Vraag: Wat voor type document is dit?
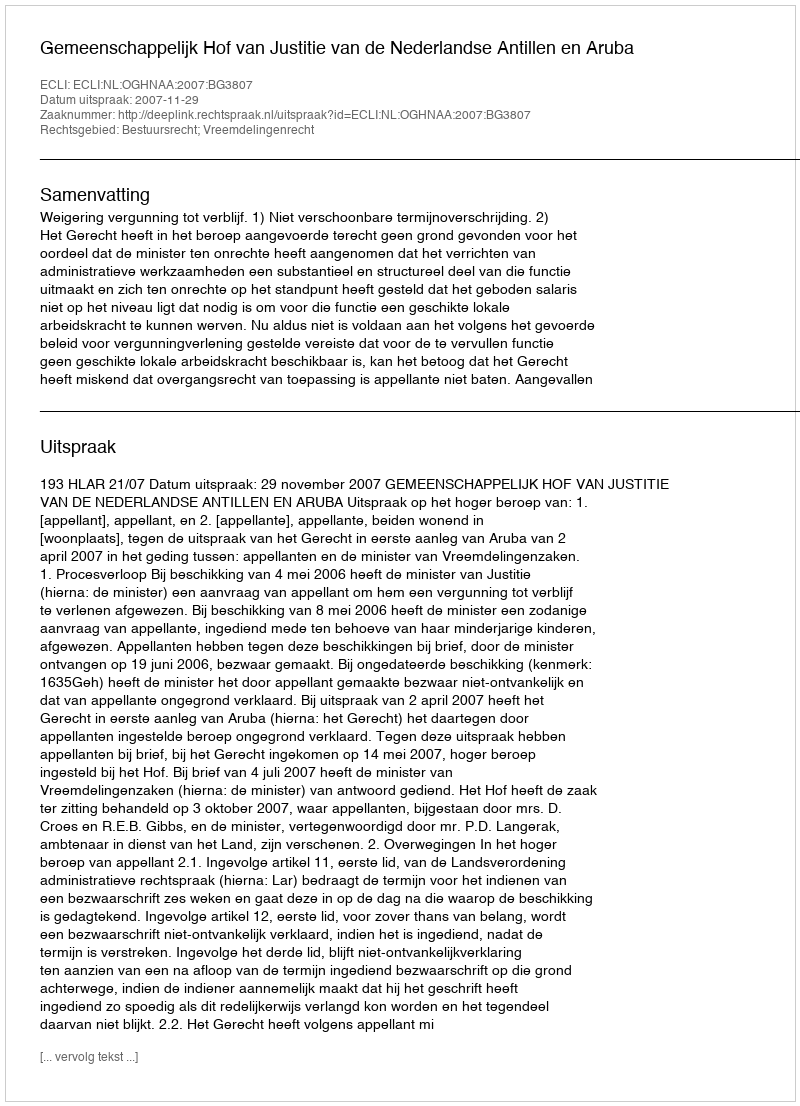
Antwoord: Uitspraak